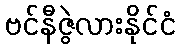
ဗင်နီဇွဲလားနိုင်ငံ